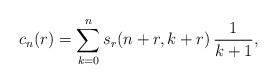
LaTeX: \begin{align*}c_n(r)=\sum_{k=0}^n s_r(n+r,k+r)\,\frac{1}{k+1},\end{align*}